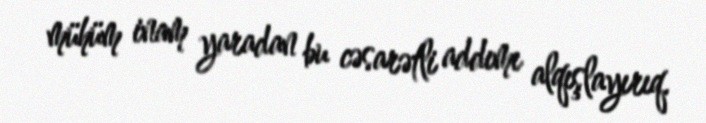
mühüm inam yaradan bu cəsarətli addımı alqışlayırıq.